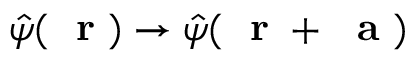
\hat { \psi } ( \mathrm { ~ \bf ~ r ~ } ) \to \hat { \psi } ( \mathrm { ~ \bf ~ r ~ } + \mathrm { ~ \bf ~ a ~ } )